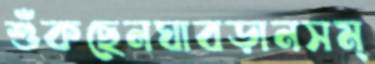
শুঁকছেনঘাবড়ানসম্